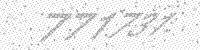
Solution: 771731